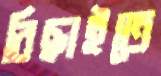
বিছাইতে